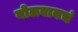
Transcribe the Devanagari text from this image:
बोलवायचं